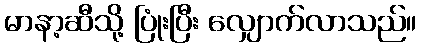
မာနာ့ဆီသို့ ပြုံးပြီး လျှောက်လာသည်။